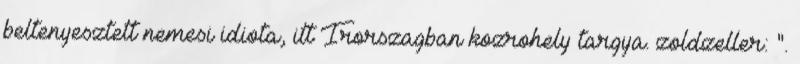
beltenyesztett nemesi idiota, itt Irorszagban kozrohely targya. zoldzeller: ".